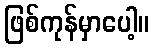
ဖြစ်ကုန်မှာပေါ့။